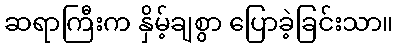
ဆရာကြီးက နှိမ့်ချစွာ ပြောခဲ့ခြင်းသာ။